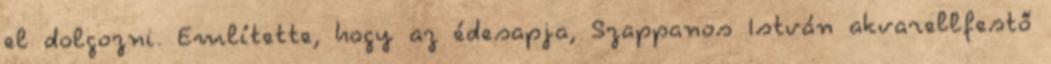
el dolgozni. Említette, hogy az édesapja, Szappanos István akvarellfestő